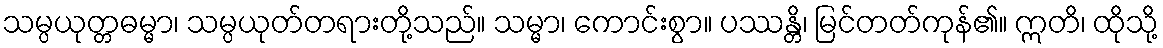
သမ္ပယုတ္တဓမ္မာ၊ သမ္ပယုတ်တရားတို့သည်။ သမ္မာ၊ ကောင်းစွာ။ ပဿန္တိ၊ မြင်တတ်ကုန်၏။ ဣတိ၊ ထိုသို့